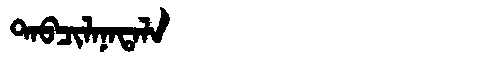
Manchu: ᡨᠠᠪᠴᡳᠯᠠᠨᠠᡨᠠᠯᠠ
Romanization: TABCILANATALA